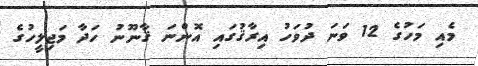
މެއި މަހުގެ 12 ވަނަ ދުވަހު އިރާޤުގައި އޮންނަ ޤާނޫނު ހަދާ މަޖިލީހުގެ